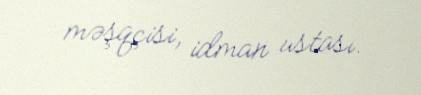
məşqçisi, idman ustası.